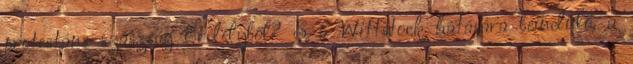
protestáns szászság Erdélyből? S a Wittstock hatására beinduló, a